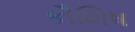
કૌશિષ